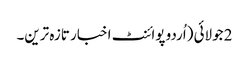
2 جولائی (اُردو پوائنٹ اخبار تازہ ترین۔